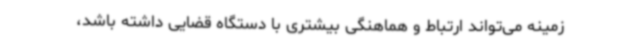
زمینه می‌تواند ارتباط و هماهنگی بیشتری با دستگاه قضایی داشته باشد،